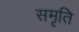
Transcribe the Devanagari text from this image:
सम़ृति